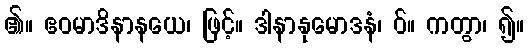
၏။ ဧဝမာဒိနာနယေ၊ ဖြင့်။ ဒါနာနုမောဒနံ၊ ဝ်။ ကတွာ၊ ၍။